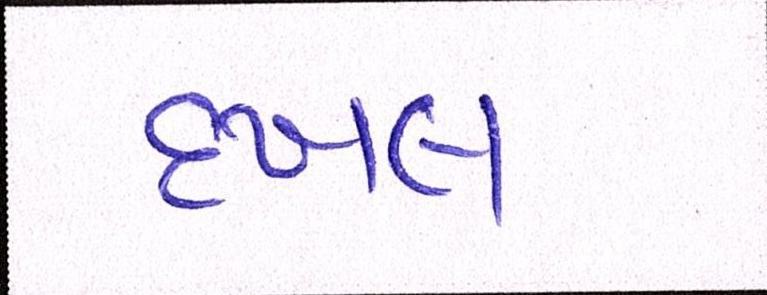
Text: દખલ